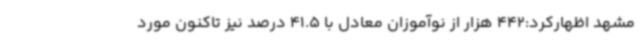
مشهد اظهارکرد:442 هزار از نوآموزان معادل با 41.5 درصد نیز تاکنون مورد